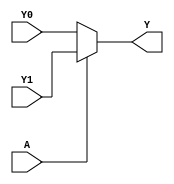
module single_variable_kmap (
    input wire A,      // Input variable
    input wire Y0,     // Output for A = 0
    input wire Y1,     // Output for A = 1
    output wire Y      // Final output
);

// Combinational logic based on the value of A
assign Y = (A == 1'b0) ? Y0 : Y1;

endmodule